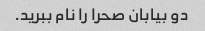
دو بیابان صحرا را نام ببرید.